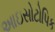
આઇસોટોપિક